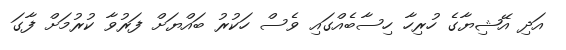
އަދި އޭޝިޔާގެ ހުރިހާ ހިސާބެއްގައި ވެސް ހަކުރު ބައްޔަށް ފަރުވާ ކުރުމަށް ފާގަ